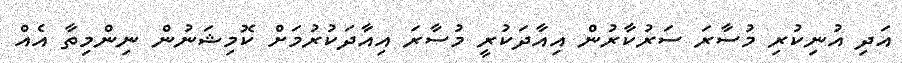
އަދި އުނިކުރި މުސާރަ ސަރުކާރުން އިއާދަކުރީ މުސާރަ އިއާދަކުރުމަށް ކޮމިޝަނުން ނިންމިތާ އެއް